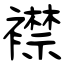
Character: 襟